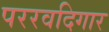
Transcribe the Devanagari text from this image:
पररवदिगार